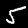
Label: 5